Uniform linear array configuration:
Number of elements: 12
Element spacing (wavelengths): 1
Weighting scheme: uniform
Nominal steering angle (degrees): -15
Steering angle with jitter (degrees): -13.885
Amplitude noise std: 0.05
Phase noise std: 0.05

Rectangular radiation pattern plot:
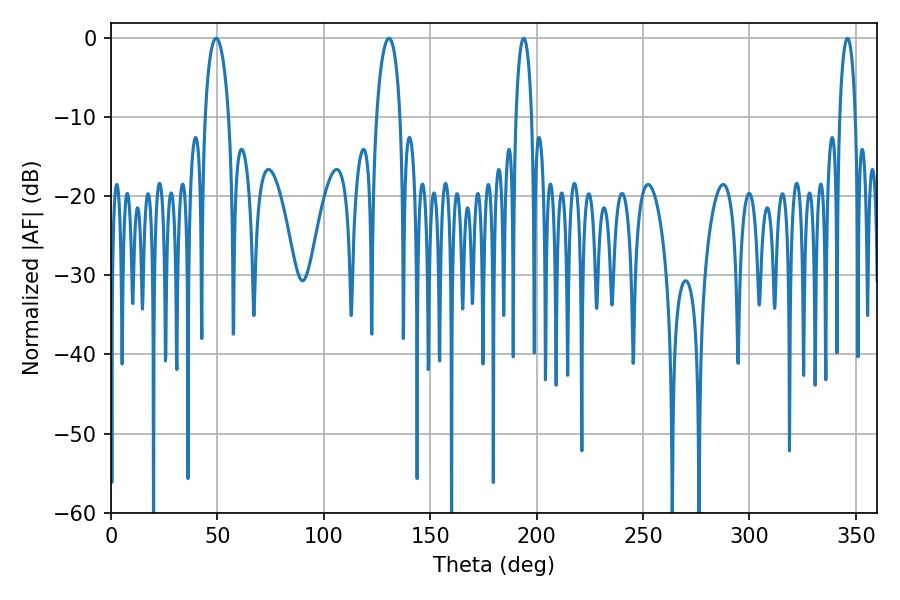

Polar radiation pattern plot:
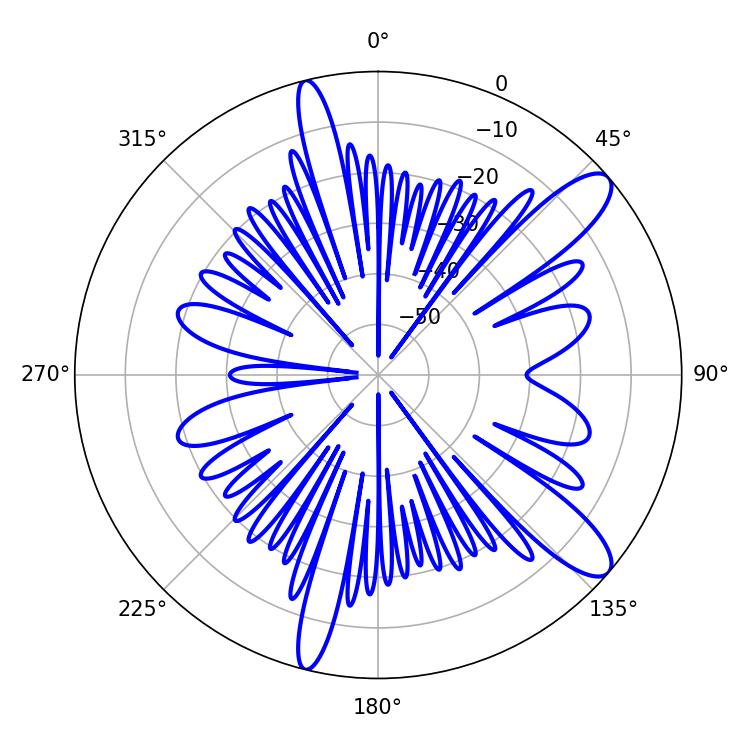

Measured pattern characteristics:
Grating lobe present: TRUE
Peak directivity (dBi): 11.33
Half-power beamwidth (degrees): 6.48
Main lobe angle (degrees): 49.32